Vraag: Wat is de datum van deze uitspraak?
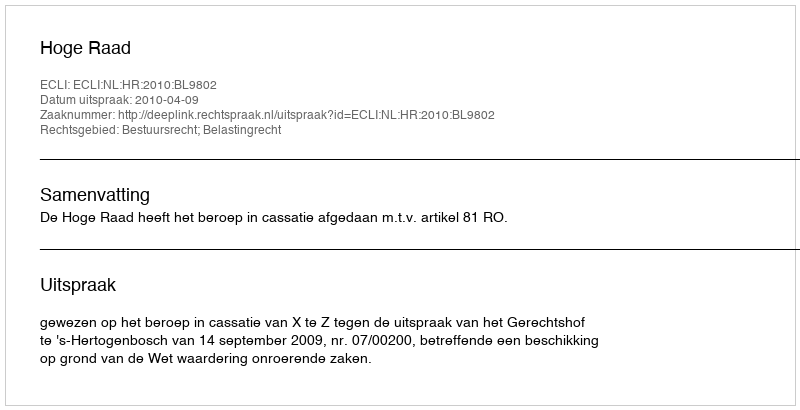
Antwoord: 2010-04-09